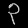
Digit: ၃